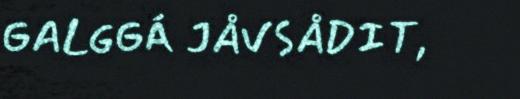
GALGGÁ JÅVSÅDIT,